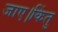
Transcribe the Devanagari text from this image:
जाए।किंतु